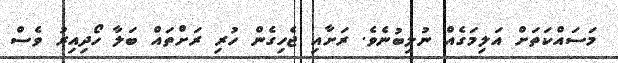
މަސައްކަތަށް އަލިމަގެއް ނުލިބުނެވެ. ރަށާއި ޖެހިގެން ހުރި ރަށްތައް ބަލާ ހޯދިއިރު ވެސް